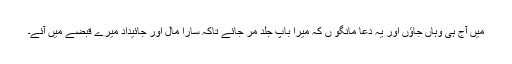
میں آج ہی وہاں جاؤں اور یہ دعا مانگو ں کہ میرا باپ جلد مر جائے تاکہ سارا مال اور جائیداد میرے قبضے میں آئے۔